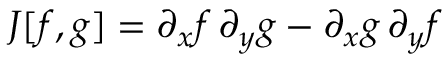
J [ f , g ] = \partial _ { x } f \, \partial _ { y } g - \partial _ { x } g \, \partial _ { y } f